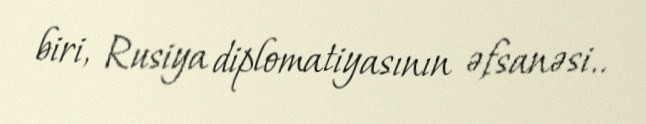
biri, Rusiya diplomatiyasının əfsanəsi..